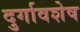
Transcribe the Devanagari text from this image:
दुर्गावशेष